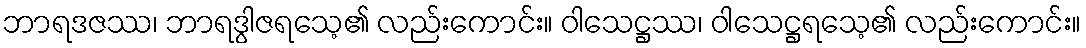
ဘာရဒဇဿ၊ ဘာရဒွါဇရသေ့၏ လည်းကောင်း။ ဝါသေဋ္ဌဿ၊ ဝါသေဋ္ဌရသေ့၏ လည်းကောင်း။